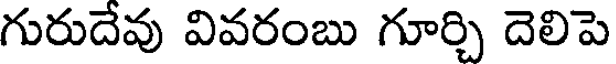
గురుదేవు వివరంబు గూర్చి దెలిపె